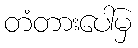
တံတားပေါ်မှ